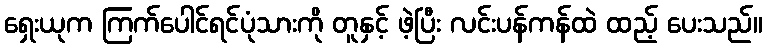
ရှေးယုက ကြက်ပေါင်ရင်ပုံသားကို တူနှင့် ဖဲ့ပြီး လင်းပန်ကန်ထဲ ထည့် ပေးသည်။